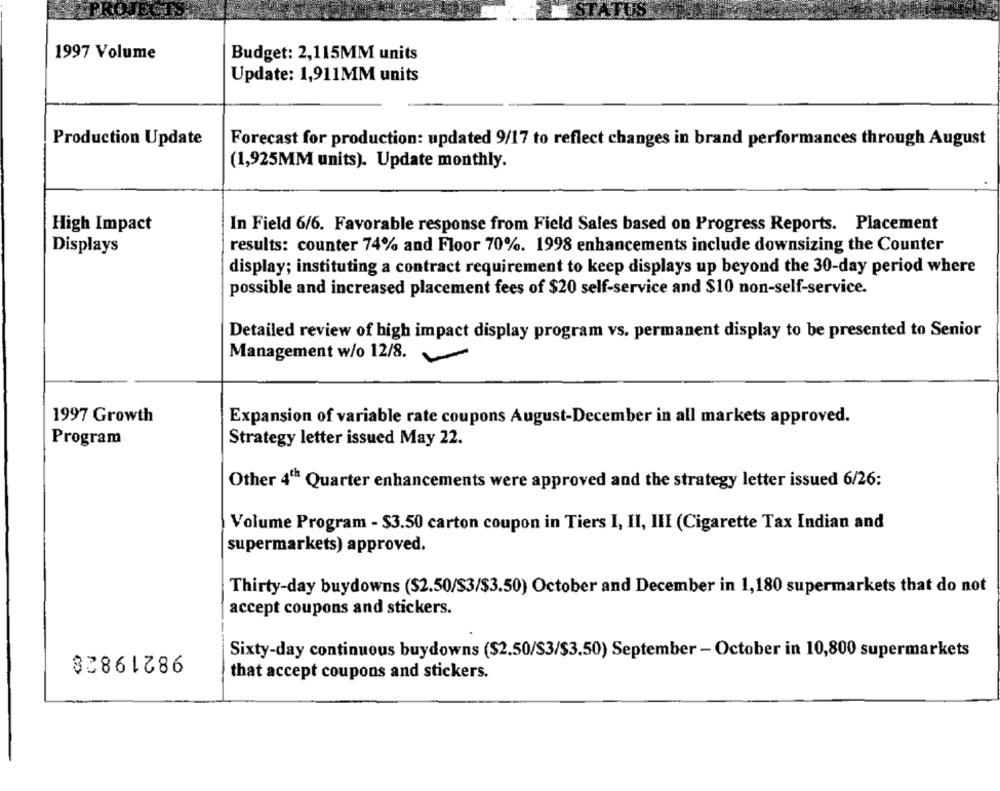
1997 Volume
Budget: 2,115MM units
Update: 1,911MM units
Production Update
Forecast for production: updated 9/17 to reflect changes in brand performances through August
(1,925MM units). Update monthly.
High Impact
In Field 6/6. Favorable response from Field Sales based on Progress Reports. Placement
Displays
results: counter 74% and Floor 70%. 1998 enhancements include downsizing the Counter
display; instituting a contract requirement to keep displays up beyond the 30-day period where
possible and increased placement fees of $20 self-service and $10 non-self-service.
Detailed review of high impact display program vs. permanent display to be presented to Senior
Management w/o 12/8.
1997 Growth
Expansion of variable rate coupons August-December in all markets approved.
Program
Strategy letter issued May 22.
Other 4th Quarter enhancements were approved and the strategy letter issued 6/26:
Volume Program - $3.50 carton coupon in Tiers I, II, III (Cigarette Tax Indian and
supermarkets) approved.
Thirty-day buydowns ($2.50/$3/$3.50) October and December in 1,180 supermarkets that do not
accept coupons and stickers.
98219828
Sixty-day continuous buydowns ($2.50/$3/$3.50) September - October in 10,800 supermarkets
that accept coupons and stickers.